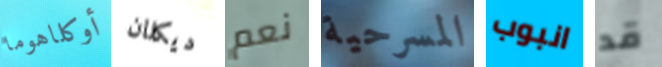
أوكلاهوما ديكلان نعم المسرحية انبوب قد